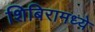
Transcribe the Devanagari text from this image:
शिबिरामध्ये